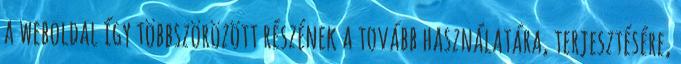
a weboldal így többszörözött részének a tovább használatára, terjesztésére,